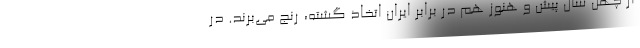
از چهل سال پیش و هنوز هم در برابر ایران اتخاذ گشته، رنج می‌برند. در